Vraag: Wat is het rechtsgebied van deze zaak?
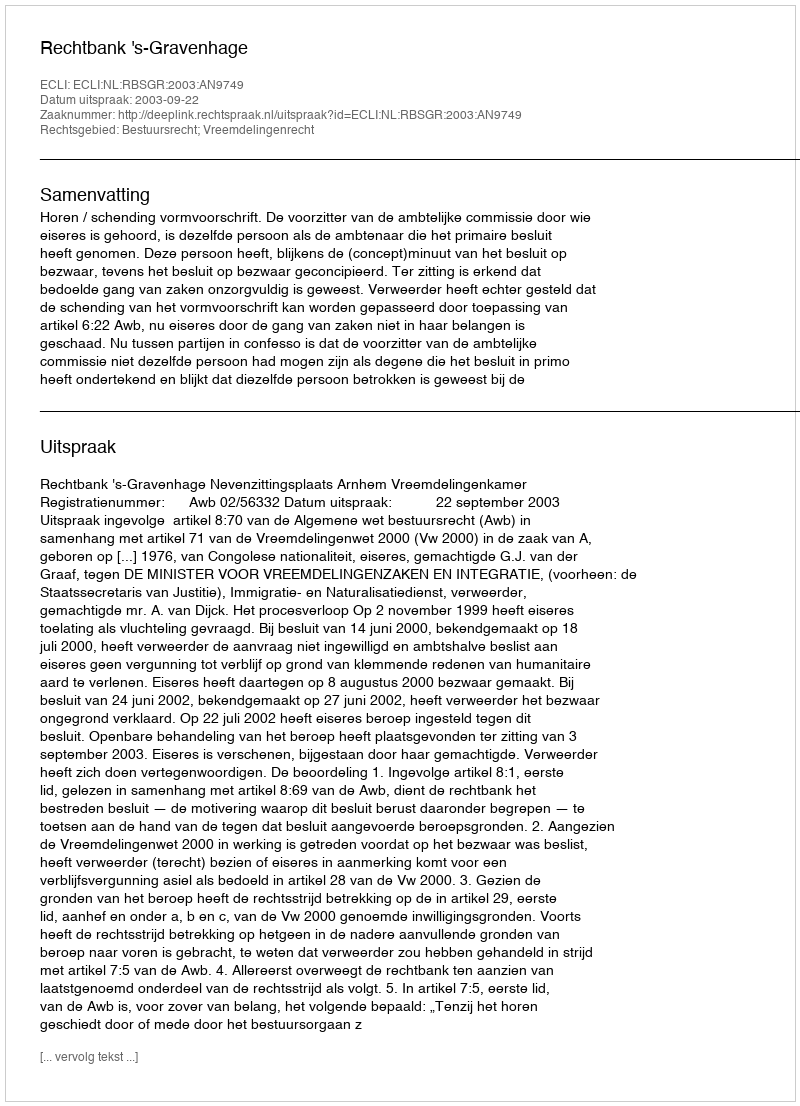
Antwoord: Bestuursrecht; Vreemdelingenrecht